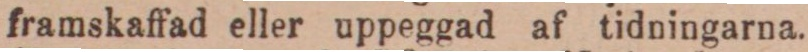
framskaffad eller uppeggad af tidningarna.